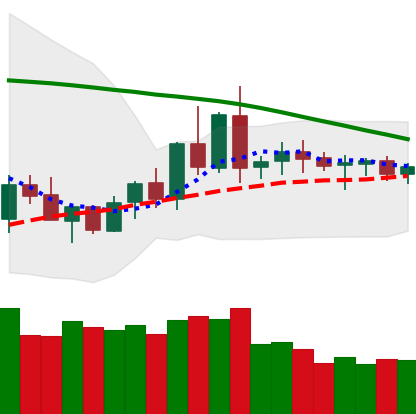
Ticker: XRP-USD
Chart end date: 2020-06-10
Forward return: -4.861%
Label: down_3_5